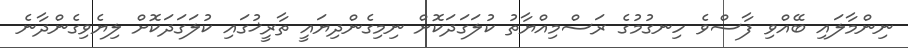
ނިންމާލައި ބޭއްވި ފާސްވެ ހިނގުމުގެ ރަސްމިއްޔާތު ކުލަގަދަކޮށް ނިމިގެންދިޔައީ ތާރީޚުގައި ކުލަގަދަކޮށް ލިޔެވިގެންދާނެ